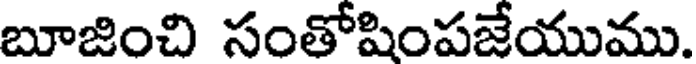
బూజించి సంతోషింపజేయుము.